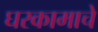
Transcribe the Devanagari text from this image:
घरकामाचे